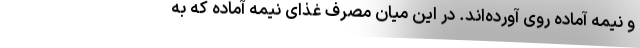
و نیمه آماده روی آورده‌اند. در این میان مصرف غذای نیمه آماده که به